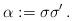
LaTeX: \begin{align*}\alpha := \sigma \sigma^\prime \,.\end{align*}